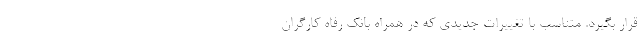
قرار بگیرد. متناسب با تغییرات جدیدی که در همراه بانک رفاه کارگران